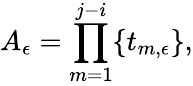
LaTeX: A_{\epsilon}=\prod_{m=1}^{j-i}\{ t_{m,\epsilon}\} ,